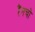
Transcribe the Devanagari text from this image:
रैंनचो